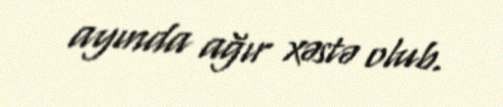
ayında ağır xəstə olub.